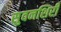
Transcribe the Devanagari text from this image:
सुवनशिरी